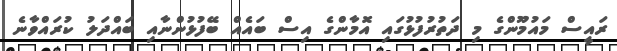
ރައީސް މައުމޫންގެ މި ދަތުރުފުޅުގައި އޮމާންގެ އިސް ބައެއް ބޭފުޅުންނާއި ބައްދަލު ކުރައްވާނެ